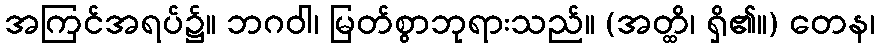
အကြင်အရပ်၌။ ဘဂဝါ၊ မြတ်စွာဘုရားသည်။ (အတ္ထိ၊ ရှိ၏။) တေန၊